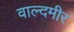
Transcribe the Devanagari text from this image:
वाल्दमीर